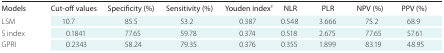
<table><thead><tr><td><b>Models</b></td><td><b>Cut-off values</b></td><td><b>Specificity (%)</b></td><td><b>Sensitivity (%)</b></td><td><b>Youden index<sup>†</sup></b></td><td><b>NLR</b></td><td><b>PLR</b></td><td><b>NPV (%)</b></td><td><b>PPV (%)</b></td></tr></thead><tbody><tr><td>LSM</td><td>10.7</td><td>85.5</td><td>53.2</td><td>0.387</td><td>0.548</td><td>3.666</td><td>75.2</td><td>68.9</td></tr><tr><td>S index</td><td>0.1841</td><td>77.65</td><td>59.78</td><td>0.374</td><td>0.518</td><td>2.675</td><td>77.65</td><td>57.61</td></tr><tr><td>GPRI</td><td>0.2343</td><td>58.24</td><td>79.35</td><td>0.376</td><td>0.355</td><td>1.899</td><td>83.19</td><td>48.95</td></tr></tbody></table>